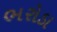
ભરોડા